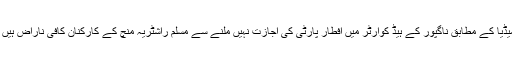
میڈیا کے مطابق ناگپور کے ہیڈ کوارٹر میں افطار پارٹی کی اجازت نہیں ملنے سے مسلم راشٹریہ منچ کے کارکنان کافی ناراض ہیں ۔